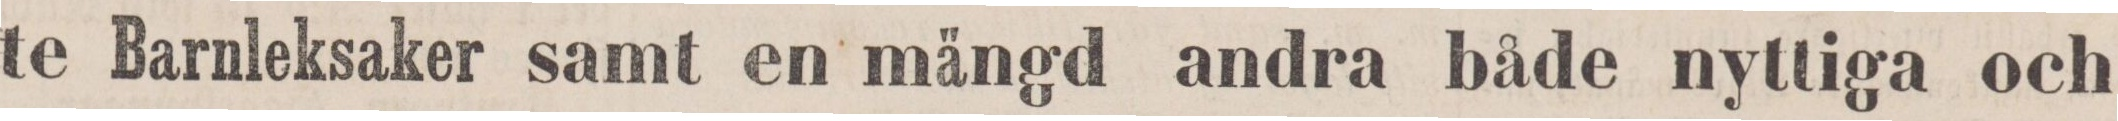
te Barnleksaker samt en mängd andra både nyttiga och